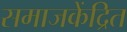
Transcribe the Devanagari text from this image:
समाजकेंद्रित